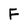
Character: F